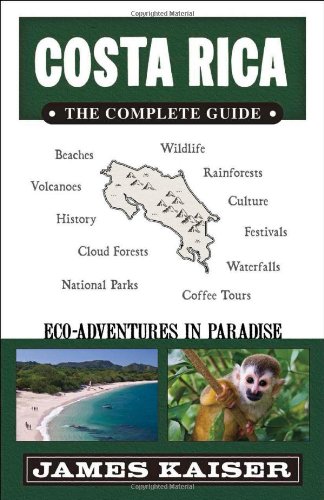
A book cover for Costa Rica: The Complete Guide, Eco-Adventures in Paradise; James Kaiser; Travel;